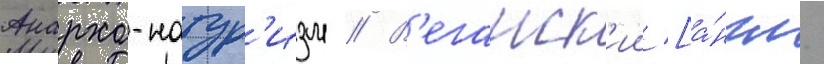
Анархо-натур'изм // В'еганск'ии [а́нгл.